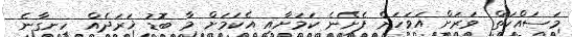
މަސައްކަތް ވަރަށް އަވަހަށް ފެށޭނެ ކަމަށާއި އެކަމަށް މާ ބޮޑު ޚަރަދެއް ހިނގާނެ